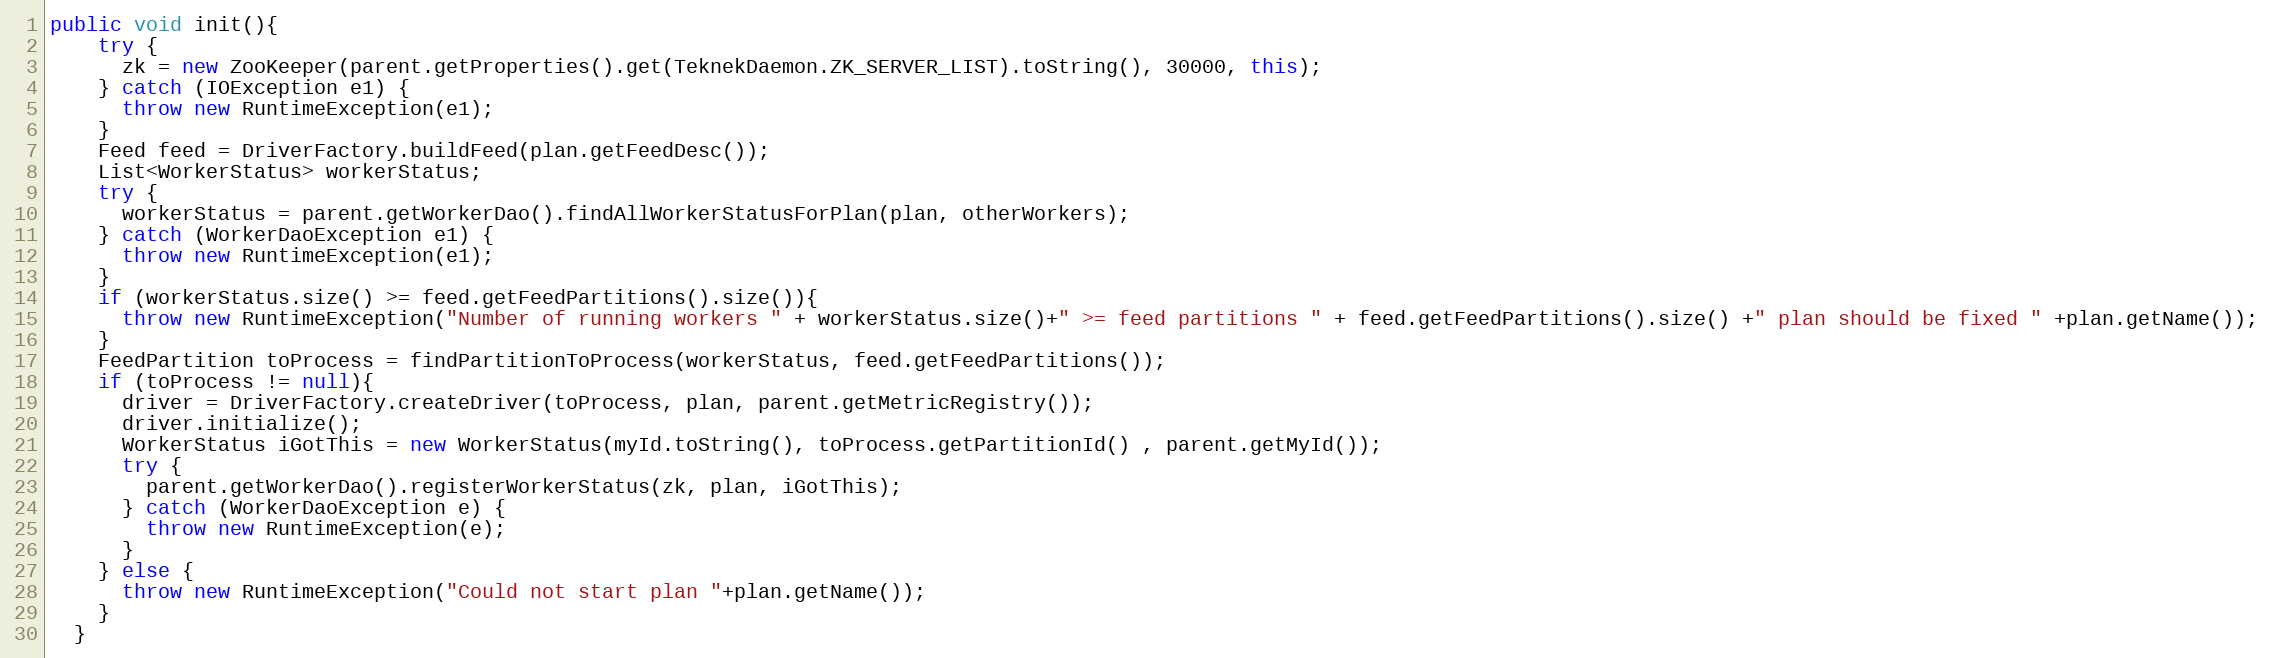
Language: Java
public void init(){
    try {
      zk = new ZooKeeper(parent.getProperties().get(TeknekDaemon.ZK_SERVER_LIST).toString(), 30000, this);
    } catch (IOException e1) {
      throw new RuntimeException(e1);
    }
    Feed feed = DriverFactory.buildFeed(plan.getFeedDesc());
    List<WorkerStatus> workerStatus;
    try {
      workerStatus = parent.getWorkerDao().findAllWorkerStatusForPlan(plan, otherWorkers);
    } catch (WorkerDaoException e1) {
      throw new RuntimeException(e1);
    }
    if (workerStatus.size() >= feed.getFeedPartitions().size()){
      throw new RuntimeException("Number of running workers " + workerStatus.size()+" >= feed partitions " + feed.getFeedPartitions().size() +" plan should be fixed " +plan.getName());
    }
    FeedPartition toProcess = findPartitionToProcess(workerStatus, feed.getFeedPartitions());
    if (toProcess != null){
      driver = DriverFactory.createDriver(toProcess, plan, parent.getMetricRegistry());
      driver.initialize();
      WorkerStatus iGotThis = new WorkerStatus(myId.toString(), toProcess.getPartitionId() , parent.getMyId());
      try {
        parent.getWorkerDao().registerWorkerStatus(zk, plan, iGotThis);
      } catch (WorkerDaoException e) {
        throw new RuntimeException(e);
      }
    } else {
      throw new RuntimeException("Could not start plan "+plan.getName());
    }
  }